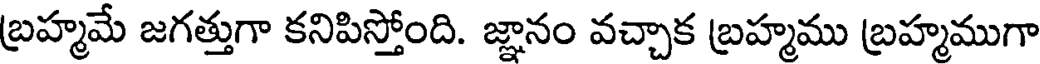
బ్రహ్మమే జగత్తుగా కనిపిస్తోంది. జ్ఞానం వచ్చాక బ్రహ్మము బ్రహ్మముగా